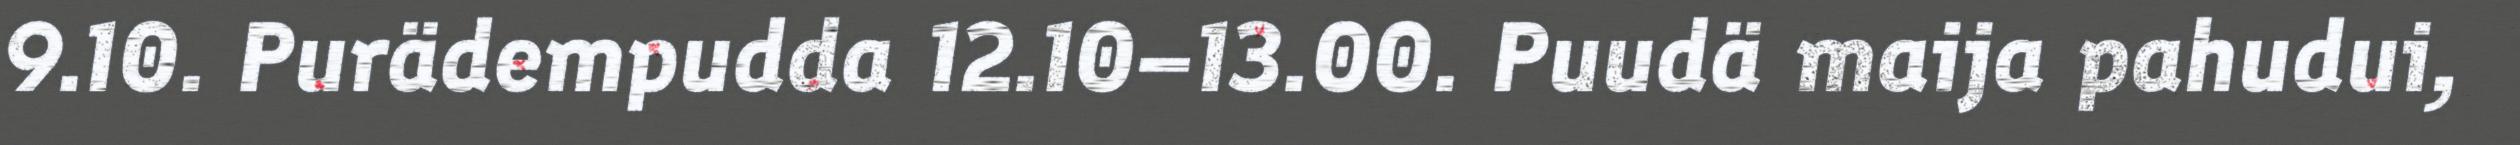
9.10. Purädempudda 12.10–13.00. Puudä maija pahudui,